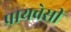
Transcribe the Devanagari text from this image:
प्रायवेसी